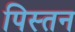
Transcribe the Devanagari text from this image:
पिस्तन